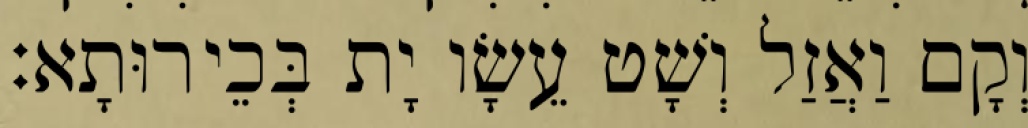
וְקָם וַאֲזַל וְשָׁט עֵשָׂו יָת בְּכֵירוּתָא׃